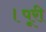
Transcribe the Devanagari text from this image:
।पूरी